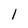
Character: l